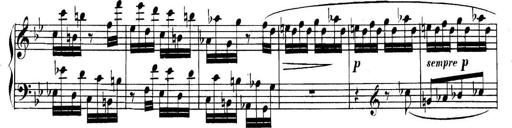
Title: Collected Piano Sonatas
Composer: Muzio Clementi